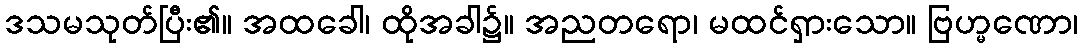
ဒသမသုတ်ပြီး၏။ အထခေါ၊ ထိုအခါ၌။ အညတရော၊ မထင်ရှားသော။ ဗြဟ္မဏော၊